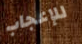
للإعجاب